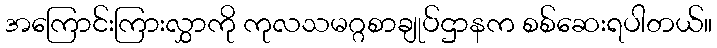
အကြောင်းကြားလွှာကို ကုလသမဂ္ဂစာချုပ်ဌာနက စစ်ဆေးရပါတယ်။